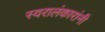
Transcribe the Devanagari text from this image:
स्वरालंकारांनी